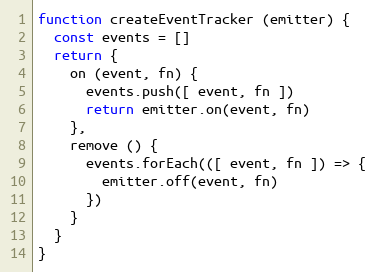
Language: JavaScript
function createEventTracker (emitter) {
  const events = []
  return {
    on (event, fn) {
      events.push([ event, fn ])
      return emitter.on(event, fn)
    },
    remove () {
      events.forEach(([ event, fn ]) => {
        emitter.off(event, fn)
      })
    }
  }
}